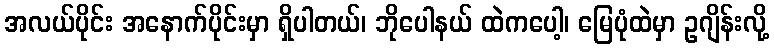
အလယ်ပိုင်း အနောက်ပိုင်းမှာ ရှိပါတယ်၊ ဘိုပေါနယ် ထဲကပေါ့၊ မြေပုံထဲမှာ ဥဂျိန်းလို့